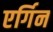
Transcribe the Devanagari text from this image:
एर्गिन